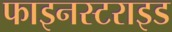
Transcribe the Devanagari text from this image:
फाइनस्टराइड